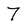
Character: 7